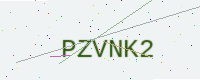
Text: PZVNK2